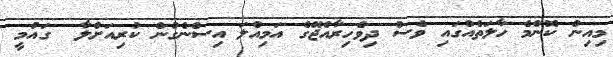
މިއިން ކޮންމެ ހާލަތެއްގައި ވެސް ދިވެހިރާއްޖޭގެ އަމިއްލަ އިސްނެގުން ކުރިއަށްލާ  ގައުމީ